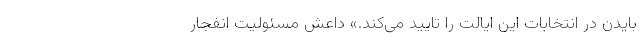
بایدن در انتخابات این ایالت را تایید می‌کند.» داعش مسئولیت انفجار